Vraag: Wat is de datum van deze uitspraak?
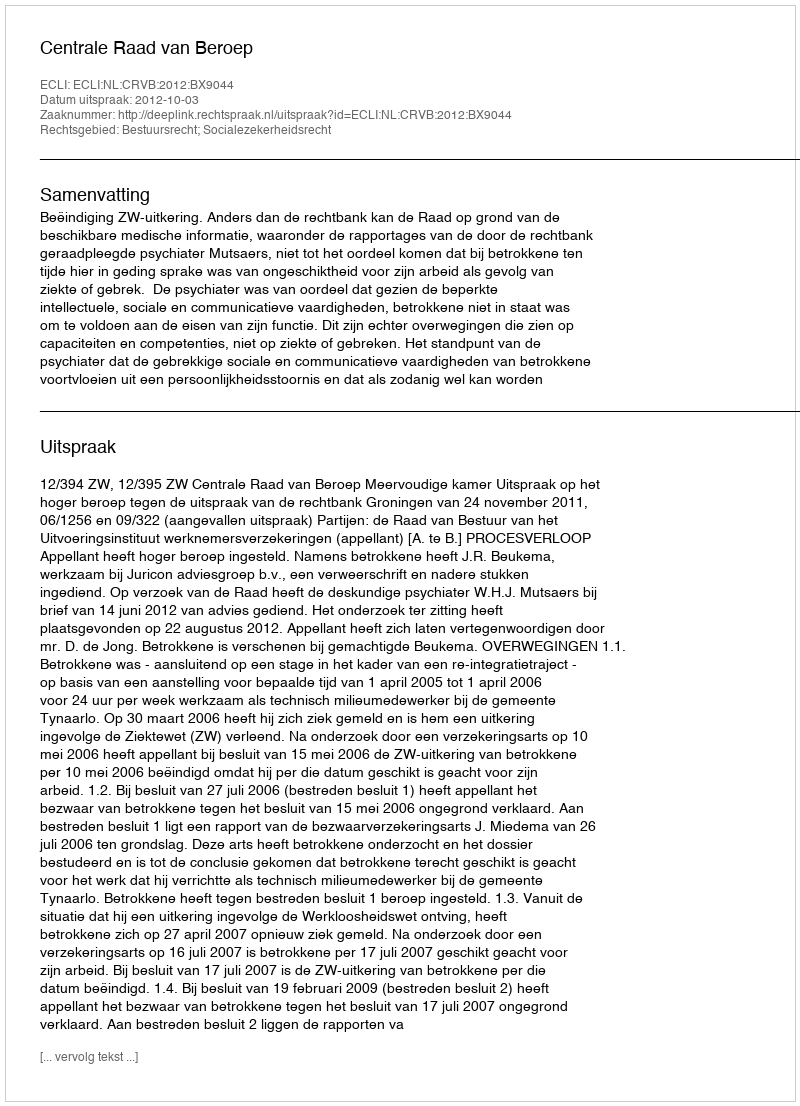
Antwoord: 2012-10-03